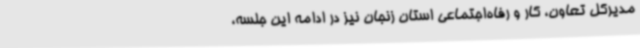
مدیرکل تعاون، کار و رفاه‌اجتماعی استان زنجان نیز در ادامه این جلسه،